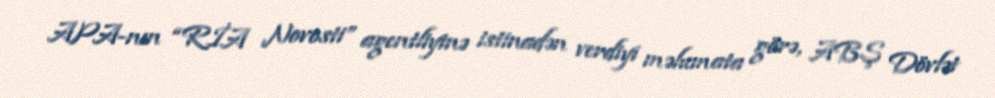
APA-nın “RİA Novosti” agentliyinə istinadən verdiyi məlumata görə, ABŞ Dövlət